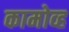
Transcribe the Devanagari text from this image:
कामोव्ह